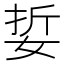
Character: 娎